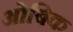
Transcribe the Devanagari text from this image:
ओबिक